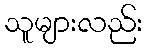
သူများလည်း